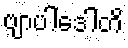
ဗျာပါဒေါတိ